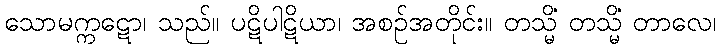
သောမက္ကဋော၊ သည်။ ပဋိပါဋိယာ၊ အစဉ်အတိုင်း။ တသ္မိံ တသ္မိံ တာလေ၊